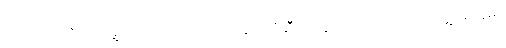
တကယ်က ဒီသံအဖွဲ့ဟာ တရုတ် ဧကရာဇ် ချင်းလုံဆီက လွှတ်တယ်ဆိုတဲ့ သံအဖွဲ့အပြန်မှာ